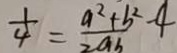
\frac { 1 } { 4 } = \frac { a ^ { 2 } + b ^ { 2 } } { 2 a b } - 4